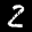
Digit: 2